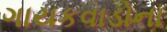
ગાયકવાડોના